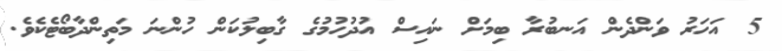
5 އަހަރު ވަންދެން އަނބުރާ ބިމަށް ނައިސް އުދުހުމުގެ ގާބިލުކަން ހުންނަ މަތިންދާބޯޓެކެވެ.